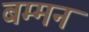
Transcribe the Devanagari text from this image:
बम्मन